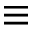
\equiv